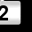
Digit: 2